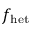
f _ { \mathrm { h e t } }